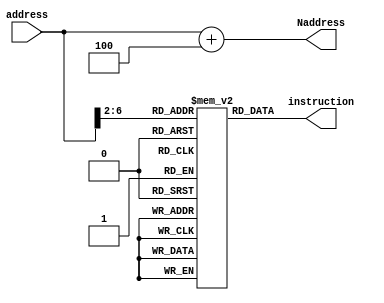
module IMEM(address, instruction, Naddress);
   input [31:0] address;
   output [31:0] instruction;
   output [31:0] Naddress;

   reg [31:0] IROM[31:0];

   assign instruction = IROM[address[6:2]];
   assign Naddress = address + 4;
endmodule